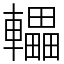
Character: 轠